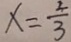
x = \frac { 2 } { 3 }